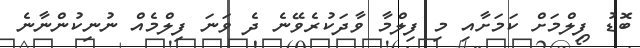
ބޮޑު ފިލްމަށް ކަމަށާއި މި ފިލްމާ ވާދަކުރެވޭނެ ދެ ވަނަ ފިލްމެއް ނުނިކުންނާނެ